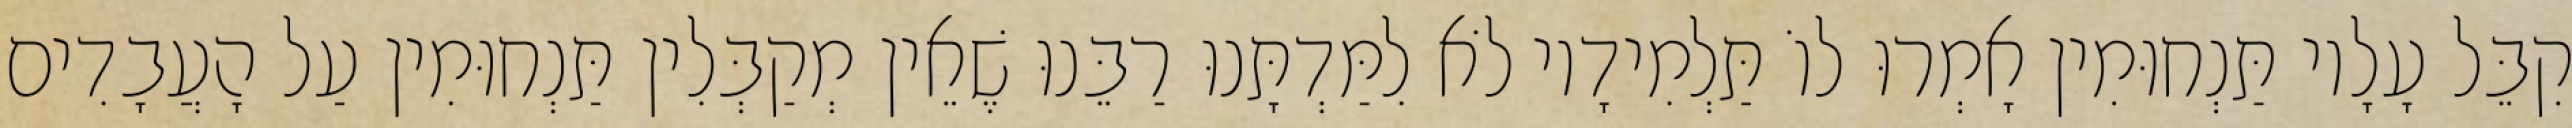
קִבֵּל עָלָיו תַּנְחוּמִין אָמְרוּ לוֹ תַּלְמִידָיו לֹא לִמַּדְתָּנוּ רַבֵּנוּ שֶׁאֵין מְקַבְּלִין תַּנְחוּמִין עַל הָעֲבָדִים